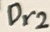
Text: Dr2